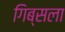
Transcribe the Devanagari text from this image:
गिब्सला